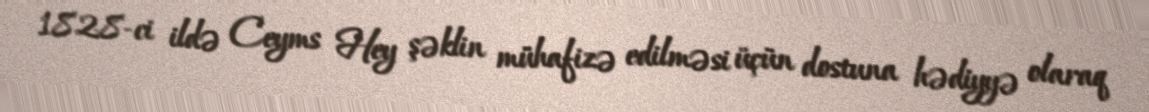
1828-ci ildə Ceyms Hey şəklin mühafizə edilməsi üçün dostuna hədiyyə olaraq